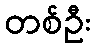
တစ်ဦး